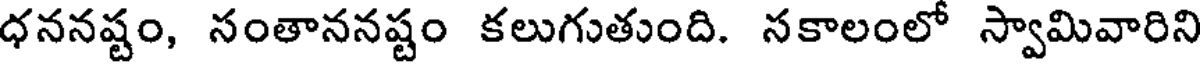
ధననష్టం, సంతాననష్టం కలుగుతుంది. సకాలంలో స్వామివారిని